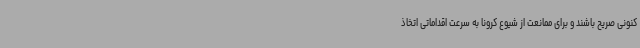
کنونی صریح باشند و برای ممانعت از شیوع کرونا به سرعت اقداماتی اتخاذ